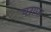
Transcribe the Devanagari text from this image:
पराप्त